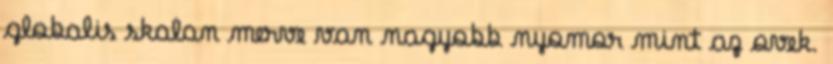
globalis skalan merve van nagyobb nyomor mint az ovek.